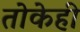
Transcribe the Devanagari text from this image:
तोकेही